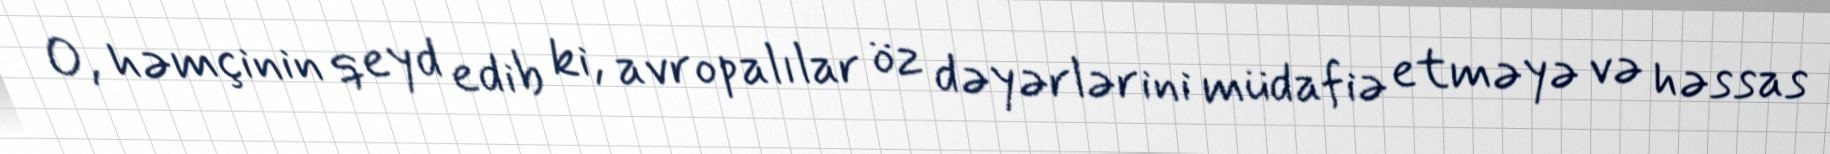
O, həmçinin qeyd edib ki, avropalılar öz dəyərlərini müdafiə etməyə və həssas